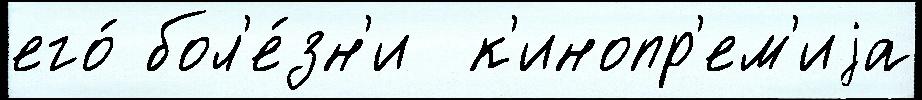
его́ бол'е́зн'и  к'инопр'ем'иjа